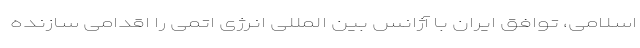
اسلامی، توافق ایران با آژانس بین المللی انرژی اتمی را اقدامی سازنده